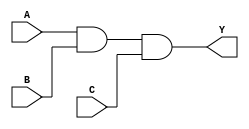
module three_input_and_gate(
    input A,
    input B,
    input C,
    output Y
    );

    wire intermediate1;
    wire intermediate2;
    
    and gate1(intermediate1, A, B);
    and gate2(intermediate2, intermediate1, C);
    and gate3(Y, A, B, C);
    
endmodule